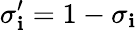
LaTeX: \sigma_{\mathbf{i}}^{\prime}=1-\sigma_{\mathbf{i}}